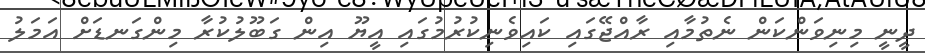
ދީނީ މިނިވަންކަން ނެތުމާއި ރާއްޖޭގައި ކައިވެނިކުރުމުގައި އީޔޫ އިން ގަބޫލުކުރާ މިންގަނޑަށް އަމަލު